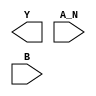
module sky130_fd_sc_lp__nand2b (
    Y  ,
    A_N,
    B
);

    output Y  ;
    input  A_N;
    input  B  ;

    // Voltage supply signals
    supply1 VPWR;
    supply0 VGND;
    supply1 VPB ;
    supply0 VNB ;

endmodule